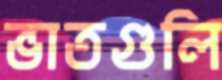
ভাতগুলি